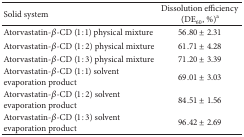
<table><thead><tr><td><b>Solid system</b></td><td><b>Dissolution efficiency (DE<sub>60</sub>, %)<sup>a</sup></b></td></tr></thead><tbody><tr><td>Atorvastatin-<i>β</i>-CD (1 : 1) physical mixture</td><td>56.80 ± 2.31</td></tr><tr><td>Atorvastatin-<i>β</i>-CD (1 : 2) physical mixture</td><td>61.71 ± 4.28</td></tr><tr><td>Atorvastatin-<i>β</i>-CD (1 : 3) physical mixture</td><td>71.20 ± 3.39</td></tr><tr><td>Atorvastatin-<i>β</i>-CD (1 : 1) solvent evaporation product</td><td>69.01 ± 3.03</td></tr><tr><td>Atorvastatin-<i>β</i>-CD (1 : 2) solvent evaporation product</td><td>84.51 ± 1.56</td></tr><tr><td>Atorvastatin-<i>β</i>-CD (1 : 3) solvent evaporation product</td><td>96.42 ± 2.69</td></tr></tbody></table>